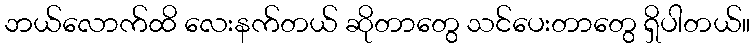
ဘယ်လောက်ထိ လေးနက်တယ် ဆိုတာတွေ သင်ပေးတာတွေ ရှိပါတယ်။